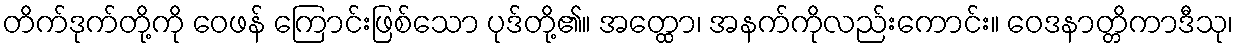
တိက်ဒုက်တို့ကို ဝေဖန် ကြောင်းဖြစ်သော ပုဒ်တို့၏။ အတ္ထော၊ အနက်ကိုလည်းကောင်း။ ဝေဒနာတ္တိကာဒီသု၊